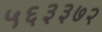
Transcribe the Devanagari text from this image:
५६३३७२